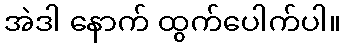
အဲဒါ နောက် ထွက်ပေါက်ပါ။